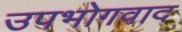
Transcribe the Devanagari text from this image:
उपभोगवाद